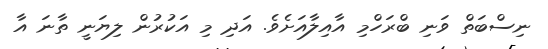
ނިސްބަތް ވަނި ބްރަހްމި އާއިލާއަށެވެ. އަދި މި އަކުރުން ލިޔަނީ ތާނަ އާ